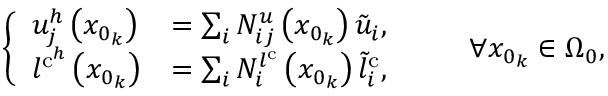
\left\{ \begin{array} { l l } { u _ { j } ^ { h } \left( x _ { 0 _ { k } } \right) } & { = \sum _ { i } { N } _ { i j } ^ { u } \left( { x } _ { 0 _ { k } } \right) \tilde { u } _ { i } , } \\ { l ^ { \mathrm { c } ^ { h } } \left( x _ { 0 _ { k } } \right) } & { = \sum _ { i } { N } _ { i } ^ { l ^ { \mathrm { c } } } \left( { x } _ { 0 _ { k } } \right) \tilde { l } _ { i } ^ { \mathrm { c } } , } \end{array} \right. \qquad \forall x _ { 0 _ { k } } \in \Omega _ { 0 } ,